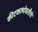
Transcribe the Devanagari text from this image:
कीटकाभोवतीचे